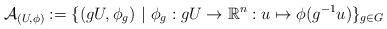
LaTeX: \begin{align*}\mathcal{A}_{(U,\phi)}:= \{ (gU, \phi _g)\ | \ \phi _g:gU\rightarrow \mathbb{R}^n:u\mapsto \phi (g^{-1}u)\}_{g\in G}\end{align*}